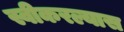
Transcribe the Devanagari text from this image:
स्वीकरल्यास